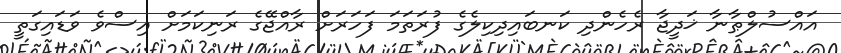
އައްސުލްޠާނާ ޚަދީޖާ ރެހެންދި ކަނބައިދިކިލެގެ ފުރަތަމަ ފަހަރަށް ރާއްޖޭގެ ރަނިކަމަށް އިސްވެ ވަޑައިގަތީ